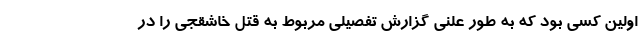
اولین کسی بود که به طور علنی گزارش تفصیلی مربوط به قتل خاشقجی را در